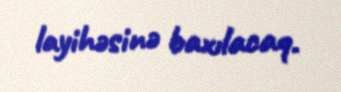
layihəsinə baxılacaq.